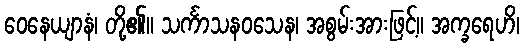
ဝေနေယျာနံ၊ တို့၏။ သင်္ကာသနဝသေန၊ အစွမ်းအားဖြင့်။ အက္ခရေဟိ၊